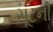
સૂટની